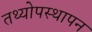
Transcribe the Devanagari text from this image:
तथ्योपस्थापन